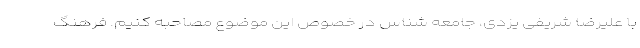
با علیرضا شریفی یزدی، جامعه شناس در خصوص این موضوع مصاحبه کنیم. فرهنگ